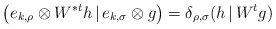
\begin{align*}\big(e_{k,\rho}\otimes W^{*t}h\,|\,e_{k,\sigma}\otimes g\big)=\delta_{\rho,\sigma}(h\,|\,W^tg)\quad\end{align*}